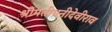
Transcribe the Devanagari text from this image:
श्रीमतीधनीदेवीराव